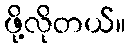
ဖို့လိုတယ်။